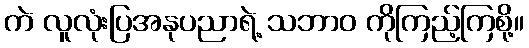
ကဲ လူလုံးပြအနုပညာရဲ့ သဘာဝ ကိုကြည့်ကြစို့။